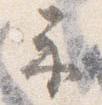
示